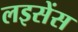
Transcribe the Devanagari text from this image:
लइसेंस